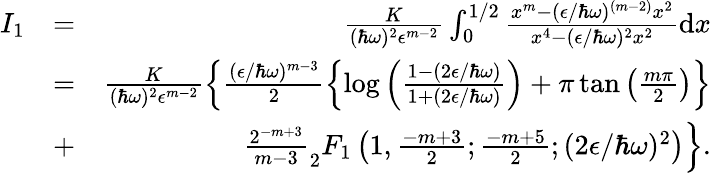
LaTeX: \begin{array}{rlr}{I_{1}}&{=}&{\frac{K}{(\hbar\omega)^{2}\epsilon^{m-2}}\int_{0}^{1/2}\frac{x^{m}-(\epsilon/\hbar\omega)^{(m-2)}x^{2}}{x^{4}-(\epsilon/\hbar\omega)^{2}x^{2}}\textrm{d}x}\\ &{=}&{\frac{K}{(\hbar\omega)^{2}\epsilon^{m-2}}\left\{ \frac{(\epsilon/\hbar\omega)^{m-3}}{2}\left\{ \log\left(\frac{1-(2\epsilon/\hbar\omega)}{1+(2\epsilon/\hbar\omega)}\right)+\pi\tan\left(\frac{m\pi}{2}\right)\right\} \right.}\\ &{+}&{\left.\frac{2^{-m+3}}{m-3}_{2}F_{1}\left(1,\frac{-m+3}{2};\frac{-m+5}{2};(2\epsilon/\hbar\omega)^{2}\right)\right\} .}\end{array}